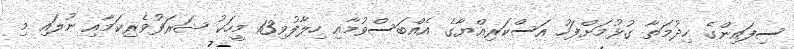
ސިފައިންގެ ހިދުމަތާ ގުޅުމަށްފަހު އަސްކަރިއްޔާގެ އެއްބަސްވުމާއި ހިލާފުވި13 މީހަކު ޝަރަފުވެރިކަމާއި ނުލައި މި